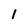
Character: 1